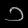
Digit: ၁